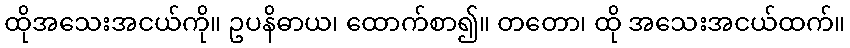
ထိုအသေးအငယ်ကို။ ဥပနိဓာယ၊ ထောက်စာ၍။ တတော၊ ထို အသေးအငယ်ထက်။